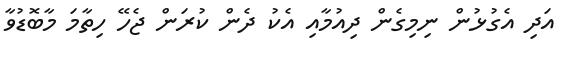
އަދި އެގުޅުން ނިމިގެން ދިއުމާއި އެކު ދެން ކުރަން ޖެހޭ ހިތާމަ މާބޮޑުވާ